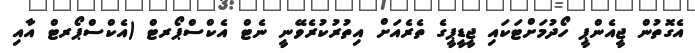
އެގޮތުން ޖީއެންޕީ ހޯދުމަށްޓަކައި ޖީޑީޕީގެ ތެރެއަށް އިތުރުކުރެވޭނީ ނެޓް އެކްސްޕޯރޓް (އެކްސްޕޯރޓް އާއި